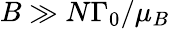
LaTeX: B\gg N\Gamma_{0}/\mu_{B}